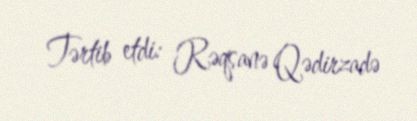
Tərtib etdi: Rəqsanə Qədirzadə